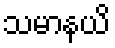
သမာနယိ